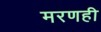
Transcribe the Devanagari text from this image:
मरणही